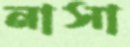
নাসা